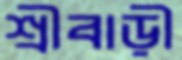
শ্রীবাড়ী